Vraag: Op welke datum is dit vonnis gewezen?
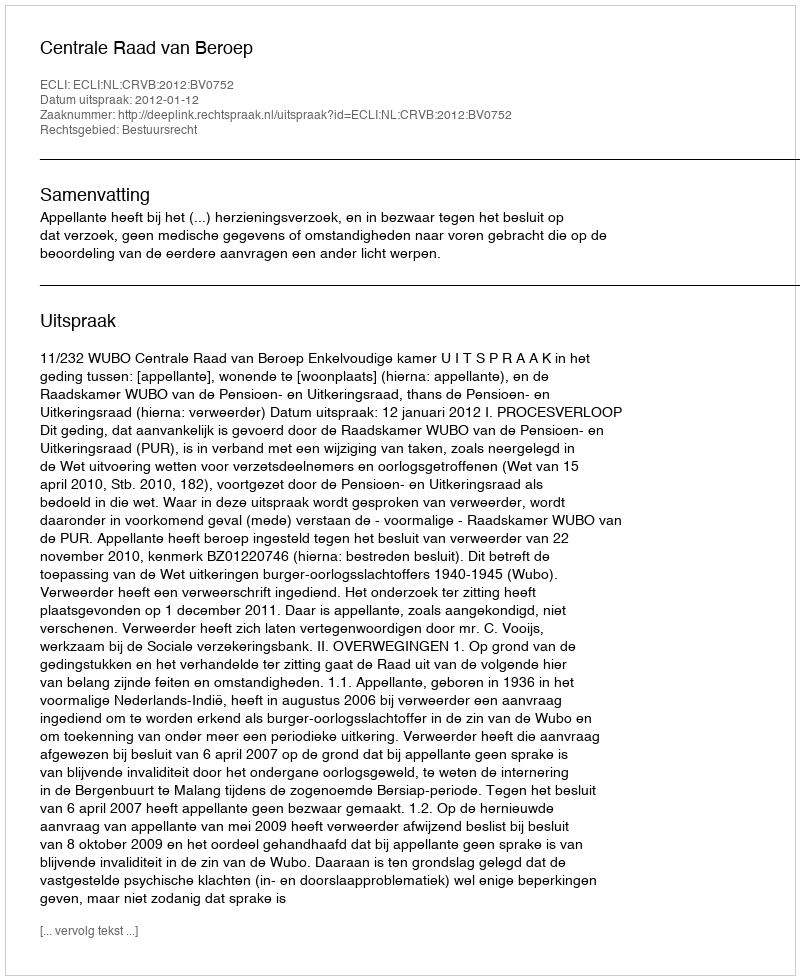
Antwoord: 2012-01-12